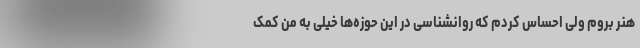
هنر بروم ولی احساس کردم که روانشناسی در این حوزه‌ها خیلی به من کمک